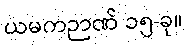
ယမကဉာဏ် ၁၅-ခု။